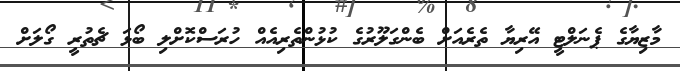
މާޒިޔާގެ ޕެނަލްޓީ އޭރިޔާ ތެރެއަށް ބެންގަލޫރުގެ ކުޅުންތެރިއެއް ހުރަސްކޮށްލި ބޯޅަ ޗެތުރީ ގޯލަށް